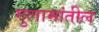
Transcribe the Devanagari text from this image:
गुलामांतील